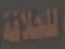
للخلاقة